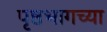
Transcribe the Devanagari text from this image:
पृष्ठभागच्या